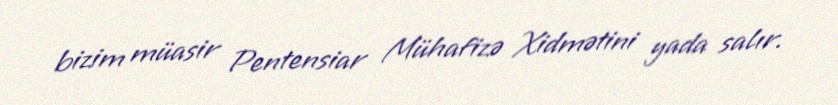
bizim müasir Pentensiar Mühafizə Xidmətini yada salır.